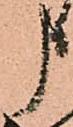
申